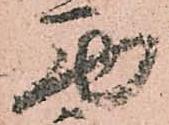
西